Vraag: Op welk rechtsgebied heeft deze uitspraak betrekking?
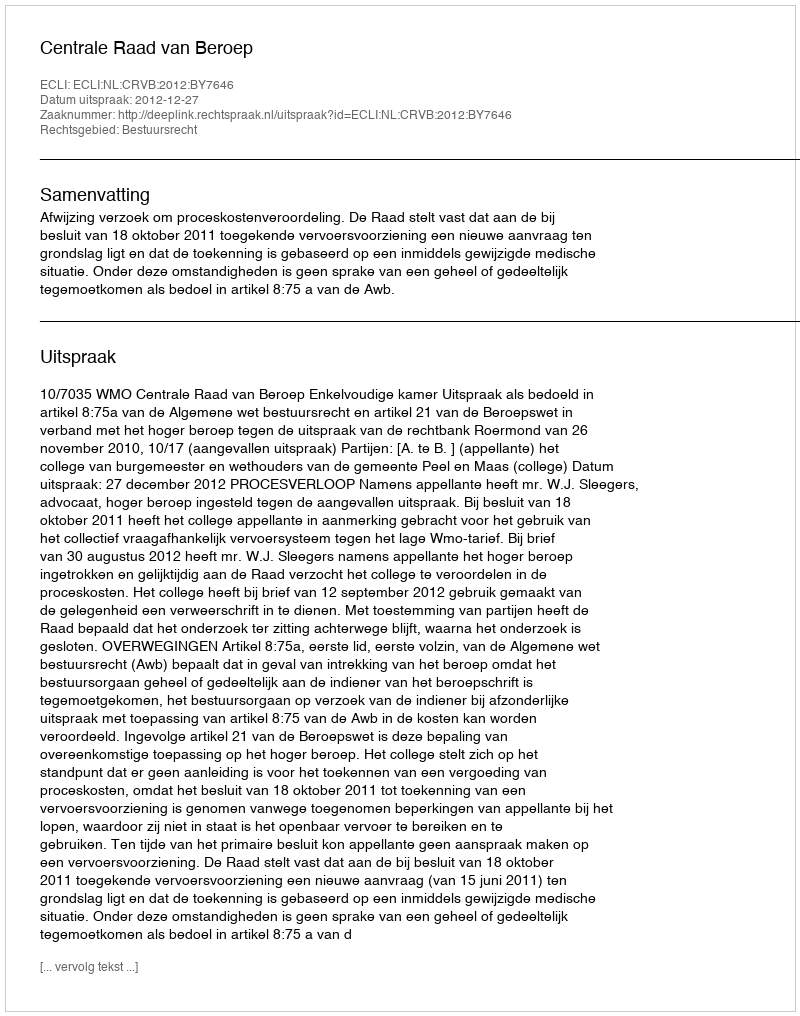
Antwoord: Bestuursrecht